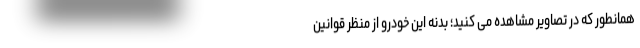
همانطور که در تصاویر مشاهده می کنید؛ بدنه این خودرو از منظر قوانین